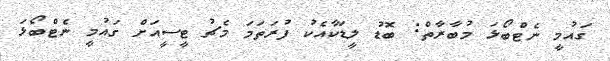
ގައުމީ ނެޓްބޯޅަ މުބާރާތް: ބޮޑު ލީޑަކާއެކު ފުރަތަމަ މެޗު ޓީސީއަށް ގައުމީ ނެޓްބޯޅަ